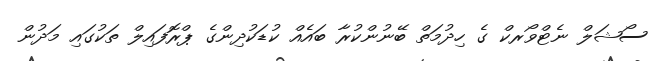
ސޯޝަލް ނެޓްވޯރކް ގެ ހިދުމަތް ބޭނުންކުރާ ބައެއް ކުޑަކުދިންގެ ޕްރޮފައިލް ތަކުގައި މަދުން